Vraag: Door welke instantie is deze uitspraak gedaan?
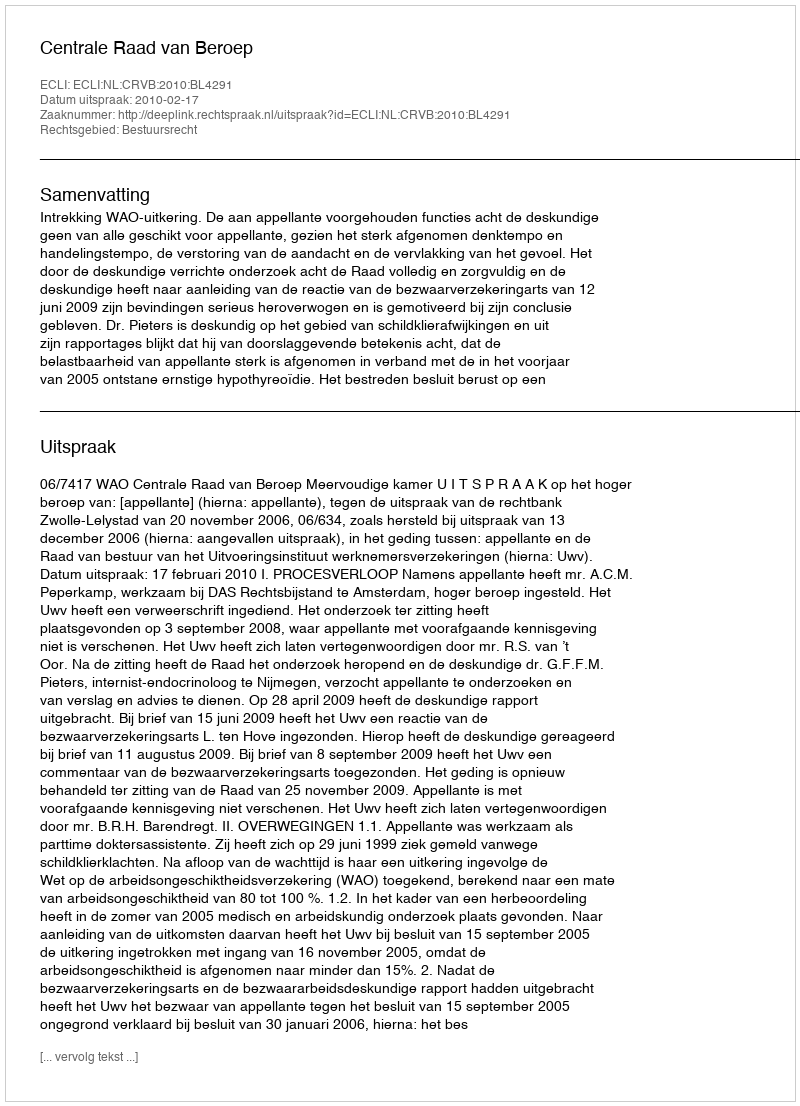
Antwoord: Centrale Raad van Beroep